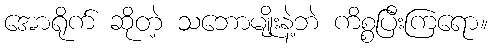
အောရိုက် ဆိုတဲ့ သဘောမျိုးနဲ့ဘဲ ကိစ္စပြီးကြရော။